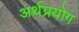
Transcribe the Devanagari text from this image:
अर्थप्रयोग